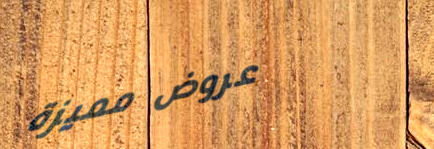
عروض مميزة